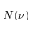
N ( \nu )